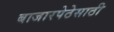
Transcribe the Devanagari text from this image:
बाजारपेठेसाठी